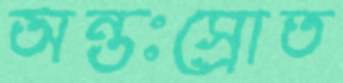
অন্তঃস্রোত